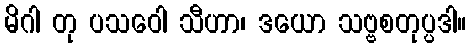
မိဂါ တု ပသဝေါ သီဟာ၊ ဒယော သဗ္ဗစတုပ္ပဒါ။